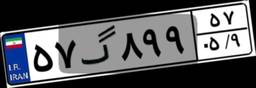
۵۷گ۸۹۹۵۷